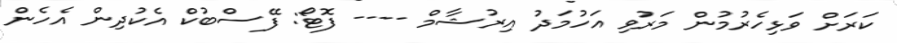
ކަރަށް ވަޅިހެރުމުން މަރުވި އަހުމަދު އިރުޝާމް ---- ފޮޓޯ: ފޭސްބުކް އެކުދިން އެހެން